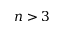
n > 3